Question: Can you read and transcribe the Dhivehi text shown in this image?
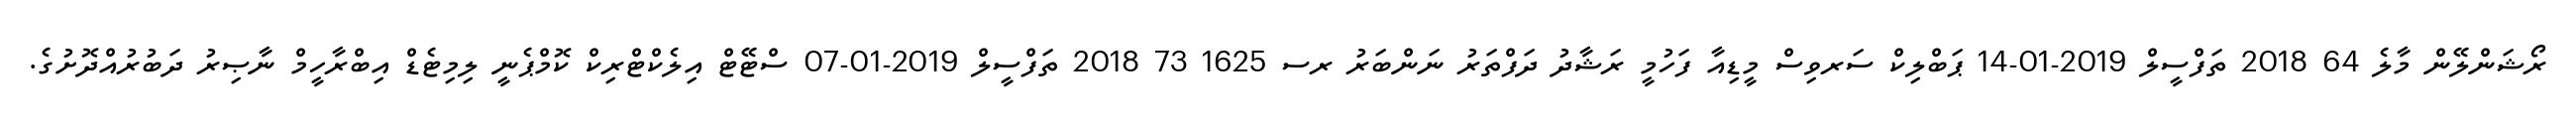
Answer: ރޯޝަންލޭން މާލެ 64 2018 ތަފްސީލް 2019-01-14 ޕަބްލިކް ސަރވިސް މީޑިއާ ފަހުމީ ރަޝާދު ދަފްތަރު ނަންބަރު ރސ 1625 73 2018 ތަފްސީލް 2019-01-07 ސްޓޭޓް އިލެކްޓްރިކް ކޮމްޕެނީ ލިމިޓެޑް އިބްރާހީމް ނާޞިރު ދަބުރުއްދޮށުގެ.